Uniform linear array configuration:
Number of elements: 12
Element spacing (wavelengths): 0.5
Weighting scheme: hamming
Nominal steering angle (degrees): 45
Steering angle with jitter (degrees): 43.428
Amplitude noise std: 0.05
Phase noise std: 0.05

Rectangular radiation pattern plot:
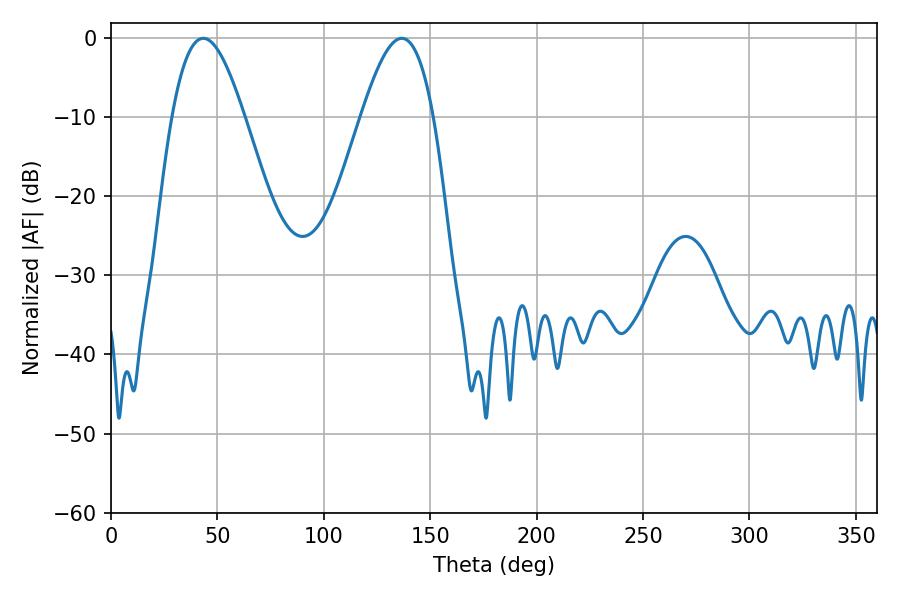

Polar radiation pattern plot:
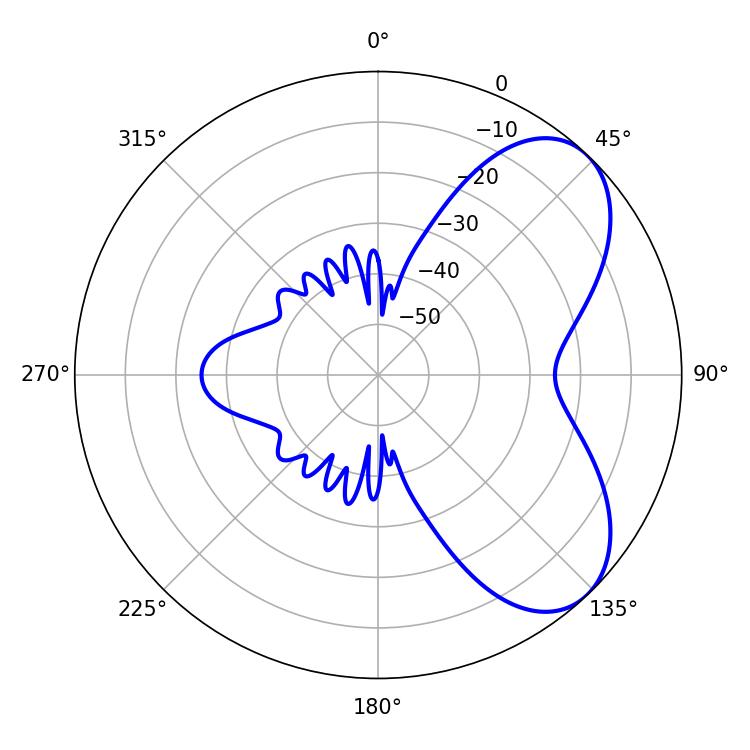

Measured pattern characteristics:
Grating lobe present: FALSE
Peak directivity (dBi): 6.121
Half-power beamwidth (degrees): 18.36
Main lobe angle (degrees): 43.38